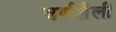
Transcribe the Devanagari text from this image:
वर्णशैली